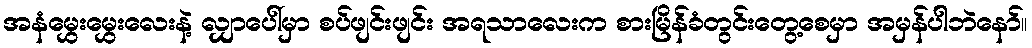
အနံမွှေးမွှေးလေးနဲ့ လျှာပေါ်မှာ စပ်ဖျင်းဖျင်း အရသာလေးက စားမြိန်ခံတွင်းတွေ့စေမှာ အမှန်ပါဘဲနော်။